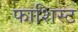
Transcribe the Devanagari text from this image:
फाशिस्ट